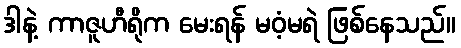
ဒါနဲ့ ကာဇူဟီရိုက မေးရန် မဝံ့မရဲ ဖြစ်နေသည်။